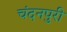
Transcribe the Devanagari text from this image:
चंदनपुरी